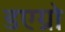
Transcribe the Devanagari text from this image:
डएग्रो